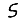
Digit: 5